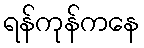
ရန်ကုန်ကနေ